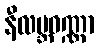
နီလဗ္ဘဝဏ္ဏာ